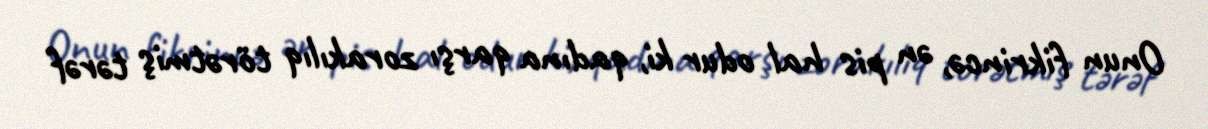
Onun fikrincə, ən pis hal odur ki, qadına qarşı zorakılıq törətmiş tərəf